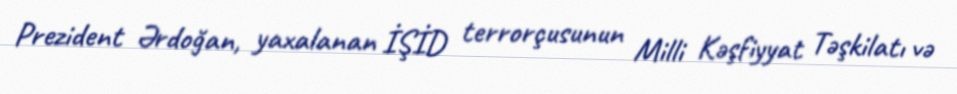
Prezident Ərdoğan, yaxalanan İŞİD terrorçusunun Milli Kəşfiyyat Təşkilatı və